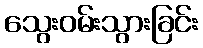
သွေးဝမ်းသွားခြင်း